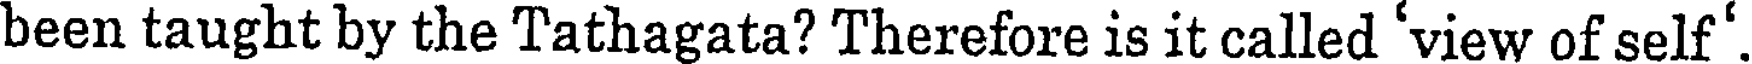
been taught by the Tathagata? Therefore is it called 'view of self'